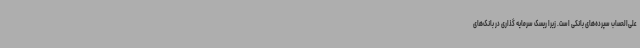
علی‌الحساب سپرده‌های بانکی است. زیرا ریسک سرمایه گذاری در بانک‌های